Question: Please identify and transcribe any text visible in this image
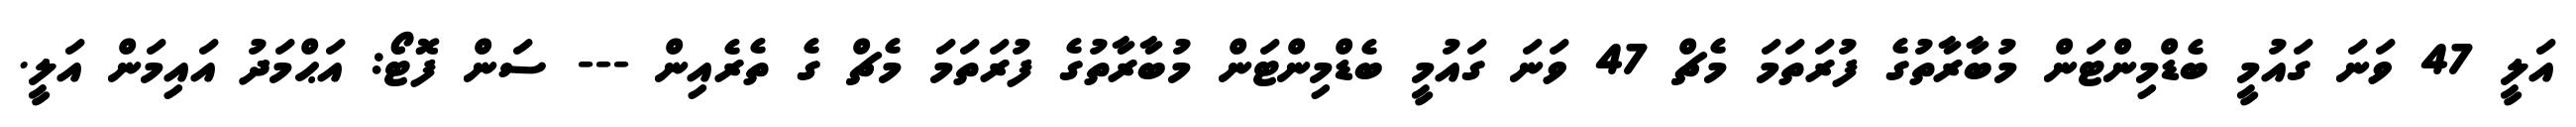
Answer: އަލީ 47 ވަނަ ގައުމީ ބެޑްމިންޓަން މުބާރާތުގެ ފުރަތަމަ މެޗް 47 ވަނަ ގައުމީ ބެޑްމިންޓަން މުބާރާތުގެ ފުރަތަމަ މެޗް ގެ ތެރެއިން --- ސަން ފޮޓޯ: އަޙްމަދު އައިމަން އަލީ.